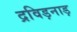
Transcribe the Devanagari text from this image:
द्रविड़नाड़